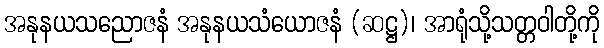
အနုနယသညောဇနံ အနုနယသံယောဇနံ (ဆဋ္ဌ)၊ အာရုံသို့သတ္တဝါတို့ကို